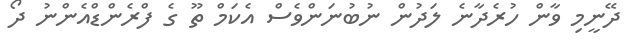
ދޭނީމި ވާން ހުރެދާނެ ލަދުން ނުބުނަންވެސް އެކަމް ތޫ ގެ ފްރެންޑްއެންނު ދޯ